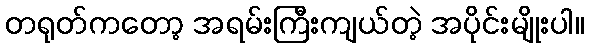
တရုတ်ကတော့ အရမ်းကြီးကျယ်တဲ့ အပိုင်းမျိုးပါ။